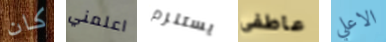
كان اعلمني يستلزم عاطفى الاعلي